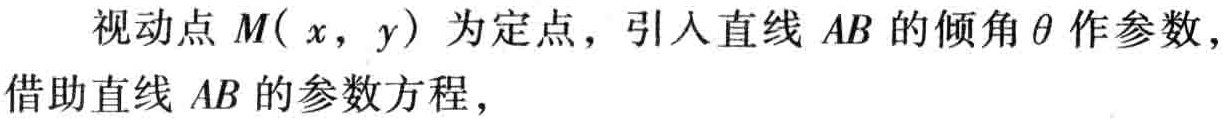
视动点\(M(x,y)\)为定点，引入直线\(AB\)的倾角\(\theta\)作参数，借助直线\(AB\)的参数方程，